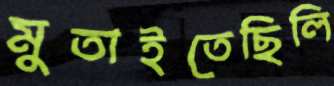
মুতাইতেছিলি